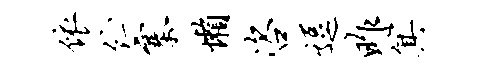
依伫寨懒咨逗昨箕